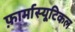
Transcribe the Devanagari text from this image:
फ़ार्मास्यूटिकल